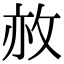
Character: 𢼜